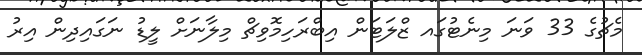
މެޗުގެ 33 ވަނަ މިނެޓުގައ ޒްލަޓަން އިބްރަހިމޮވިޗް މިލާނަށް ލީޑު ނަގައިދިން އިރު